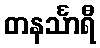
တနင်္သာရီ